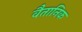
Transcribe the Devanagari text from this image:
वैतानिक